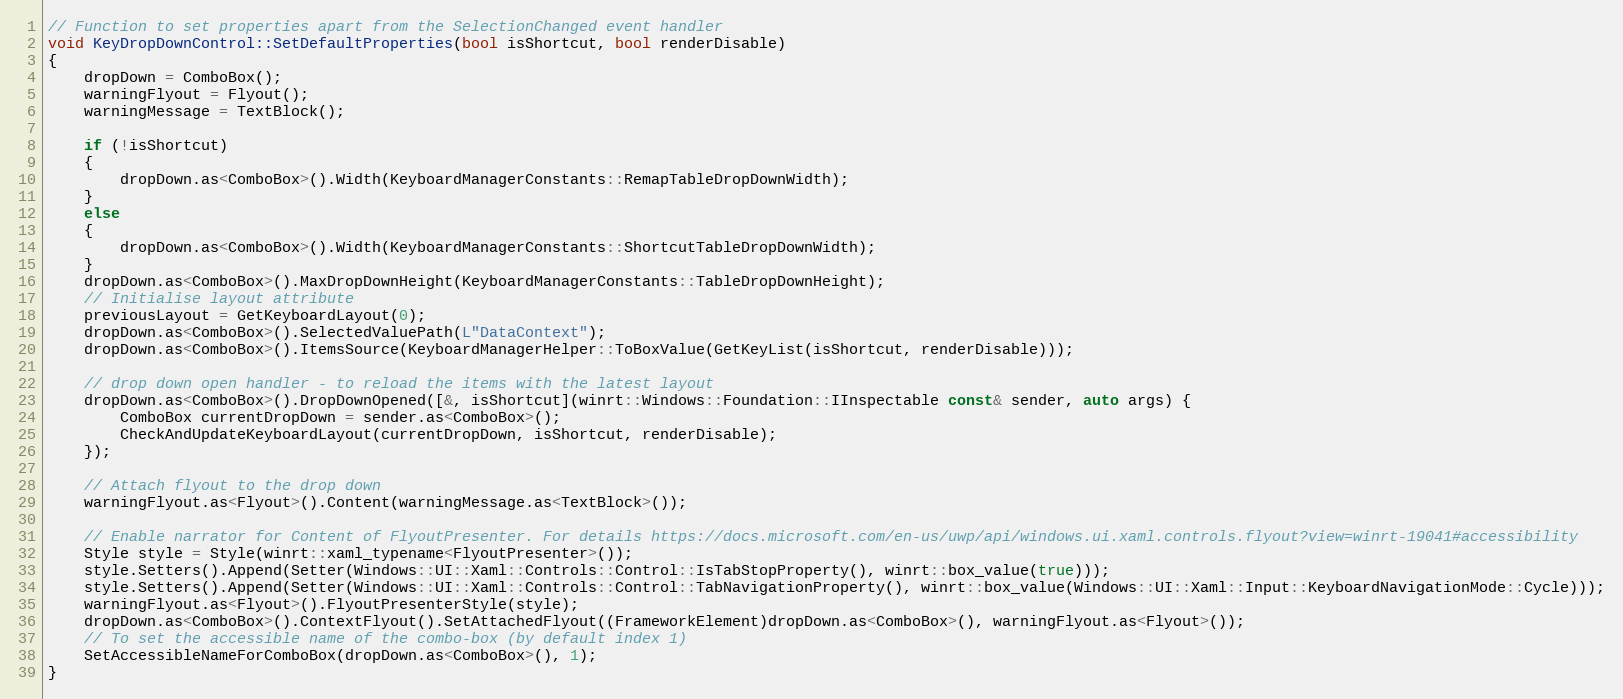
Language: C++
// Function to set properties apart from the SelectionChanged event handler
void KeyDropDownControl::SetDefaultProperties(bool isShortcut, bool renderDisable)
{
    dropDown = ComboBox();
    warningFlyout = Flyout();
    warningMessage = TextBlock();

    if (!isShortcut)
    {
        dropDown.as<ComboBox>().Width(KeyboardManagerConstants::RemapTableDropDownWidth);
    }
    else
    {
        dropDown.as<ComboBox>().Width(KeyboardManagerConstants::ShortcutTableDropDownWidth);
    }
    dropDown.as<ComboBox>().MaxDropDownHeight(KeyboardManagerConstants::TableDropDownHeight);
    // Initialise layout attribute
    previousLayout = GetKeyboardLayout(0);
    dropDown.as<ComboBox>().SelectedValuePath(L"DataContext");
    dropDown.as<ComboBox>().ItemsSource(KeyboardManagerHelper::ToBoxValue(GetKeyList(isShortcut, renderDisable)));

    // drop down open handler - to reload the items with the latest layout
    dropDown.as<ComboBox>().DropDownOpened([&, isShortcut](winrt::Windows::Foundation::IInspectable const& sender, auto args) {
        ComboBox currentDropDown = sender.as<ComboBox>();
        CheckAndUpdateKeyboardLayout(currentDropDown, isShortcut, renderDisable);
    });

    // Attach flyout to the drop down
    warningFlyout.as<Flyout>().Content(warningMessage.as<TextBlock>());

    // Enable narrator for Content of FlyoutPresenter. For details https://docs.microsoft.com/en-us/uwp/api/windows.ui.xaml.controls.flyout?view=winrt-19041#accessibility
    Style style = Style(winrt::xaml_typename<FlyoutPresenter>());
    style.Setters().Append(Setter(Windows::UI::Xaml::Controls::Control::IsTabStopProperty(), winrt::box_value(true)));
    style.Setters().Append(Setter(Windows::UI::Xaml::Controls::Control::TabNavigationProperty(), winrt::box_value(Windows::UI::Xaml::Input::KeyboardNavigationMode::Cycle)));
    warningFlyout.as<Flyout>().FlyoutPresenterStyle(style);
    dropDown.as<ComboBox>().ContextFlyout().SetAttachedFlyout((FrameworkElement)dropDown.as<ComboBox>(), warningFlyout.as<Flyout>());
    // To set the accessible name of the combo-box (by default index 1)
    SetAccessibleNameForComboBox(dropDown.as<ComboBox>(), 1);
}